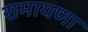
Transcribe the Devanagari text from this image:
रामायणा